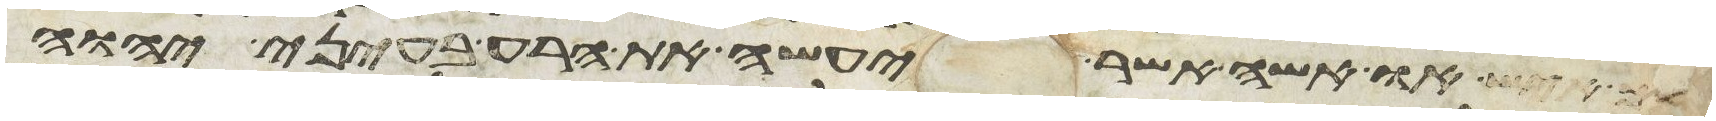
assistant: לך איש או אשה אשר יעשה את הרע בעיני יהוה